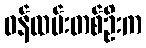
ဝန်ထမ်းတစ်ဦးက